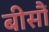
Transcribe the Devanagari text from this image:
बीसौं